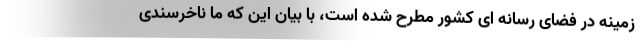
زمینه در فضای رسانه ای کشور مطرح شده است، با بیان این که ما ناخرسندی